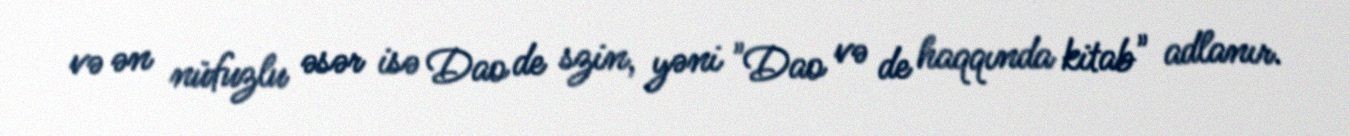
və ən nüfuzlu əsər isə Dao de szin, yəni "Dao və de haqqında kitab" adlanır.